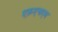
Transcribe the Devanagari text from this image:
एफ़एचएम